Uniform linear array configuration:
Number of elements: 32
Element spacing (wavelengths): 1
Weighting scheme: hann
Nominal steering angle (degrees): -60
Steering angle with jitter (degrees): -60.33
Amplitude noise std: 0.05
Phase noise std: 0.05

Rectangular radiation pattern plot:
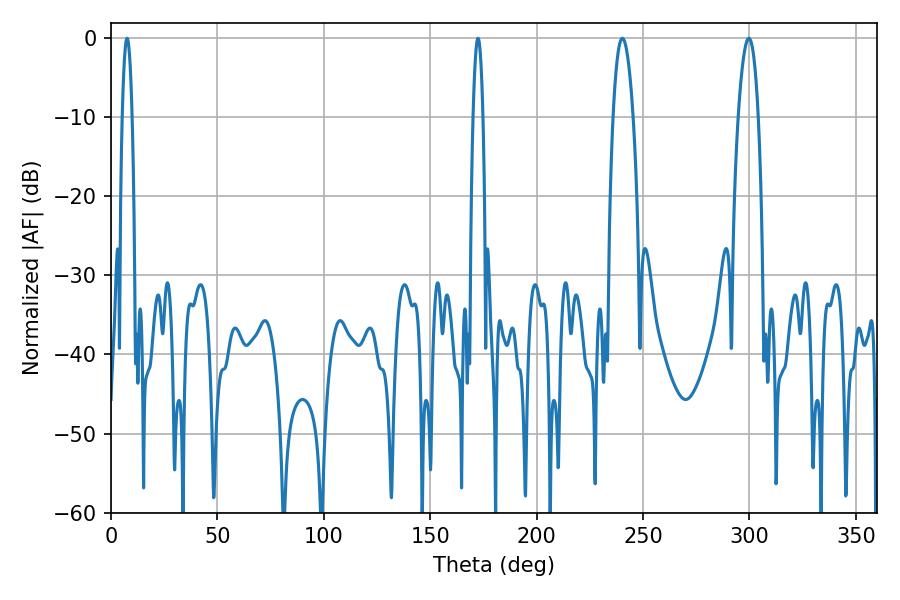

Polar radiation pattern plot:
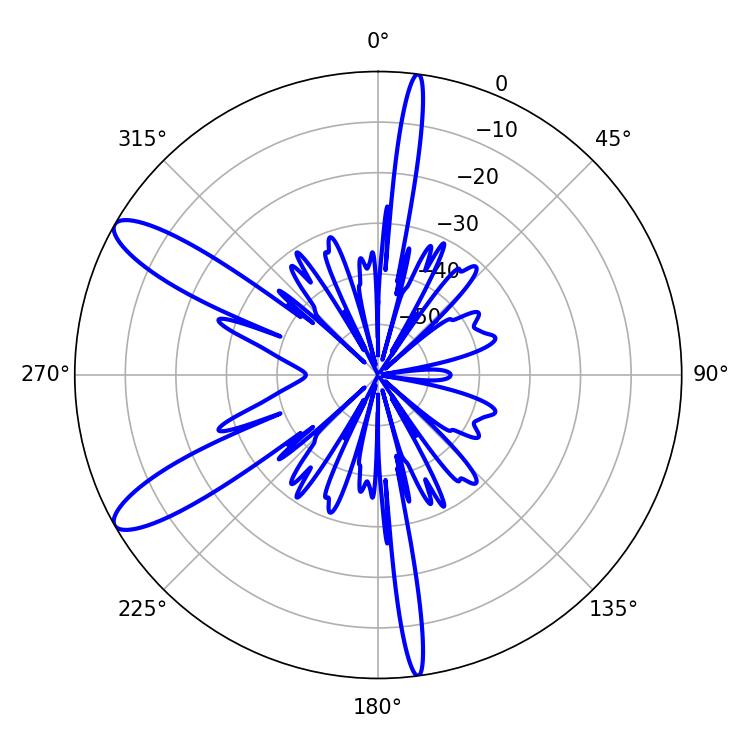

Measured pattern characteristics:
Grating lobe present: TRUE
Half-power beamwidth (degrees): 5.22
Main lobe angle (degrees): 240.3